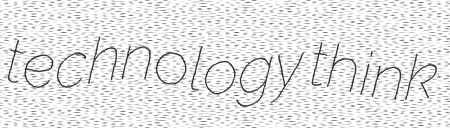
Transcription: technology think